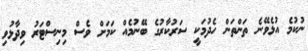
ނުކުމެ އުޅެވޭނެ ތަންތަން ހެދުމަކީ ސަރުކާރުގެ ބޭނުމެއް ކަމަށް ވެސް މިނިސްޓަރު ވިދާޅުވި